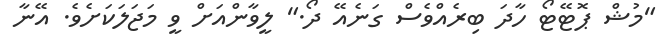
"މުޝް ޕޮޓޭޓޯ ހާދަ ބިރެއްވެސް ގަނެއޭ ދޯ." ލީވާންއަށް ވީ މަޖަލަކަށެވެ. އޭނާ